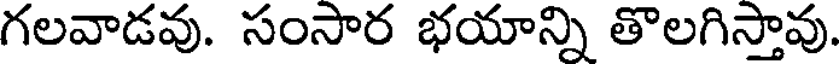
గలవాడవు. సంసార భయాన్ని తొలగిస్తావు.